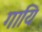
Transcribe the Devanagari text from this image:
गायि